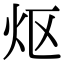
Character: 𬉼